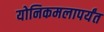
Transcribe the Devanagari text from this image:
योनिकमलापर्यंत